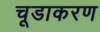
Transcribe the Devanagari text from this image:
चूडाकरण